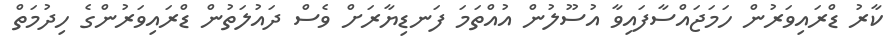
ކާރު ޑްރައިވަރުން ހަމަޖައްސާފައިވާ އުސޫލުން އުއްތަމަ ފަނޑިޔާރަށް ވެސް ދައުލަތުން ޑްރައިވަރުންގެ ހިދުމަތް